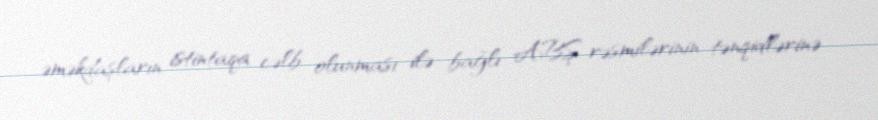
əməkdaşların istintaqa cəlb olunması ilə bağlı ABŞ rəsmilərinin tənqidlərinə